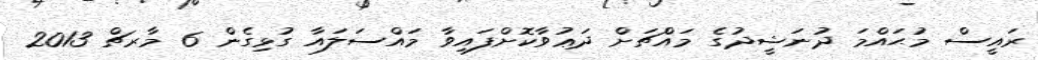
ރައީސް މުޙައްމަ ދުނަޝީދުގެ މައްޗަށް ދަޢުވާކޮށްފައިވާ މައްސަލައާ ގުޅިގެން 6 މާރޗް 2013